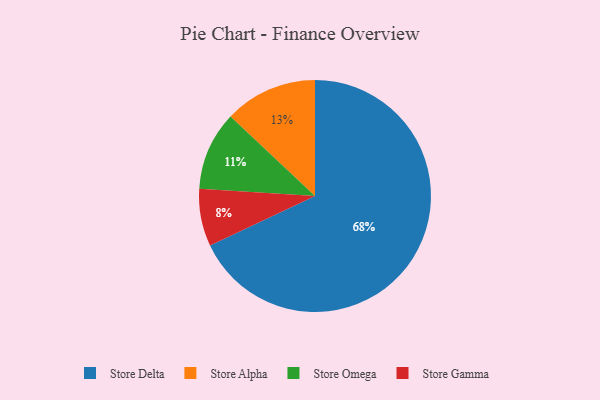
{"axis": {"x": "Category", "y": "Percentage"}, "legend": ["Store Alpha", "Store Delta", "Store Gamma", "Store Omega"], "data": [{"x": "Store Gamma", "y": 8, "type": "Store Gamma"}, {"x": "Store Alpha", "y": 13, "type": "Store Alpha"}, {"x": "Store Omega", "y": 11, "type": "Store Omega"}, {"x": "Store Delta", "y": 68, "type": "Store Delta"}]}